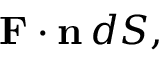
\mathbf { F } \cdot \mathbf { n } \, d S ,